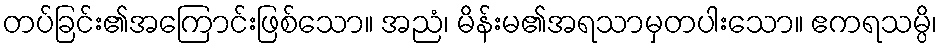
တပ်ခြင်း၏အကြောင်းဖြစ်သော။ အညံ၊ မိန်းမ၏အရသာမှတပါးသော။ ဧကရသမ္ပိ၊